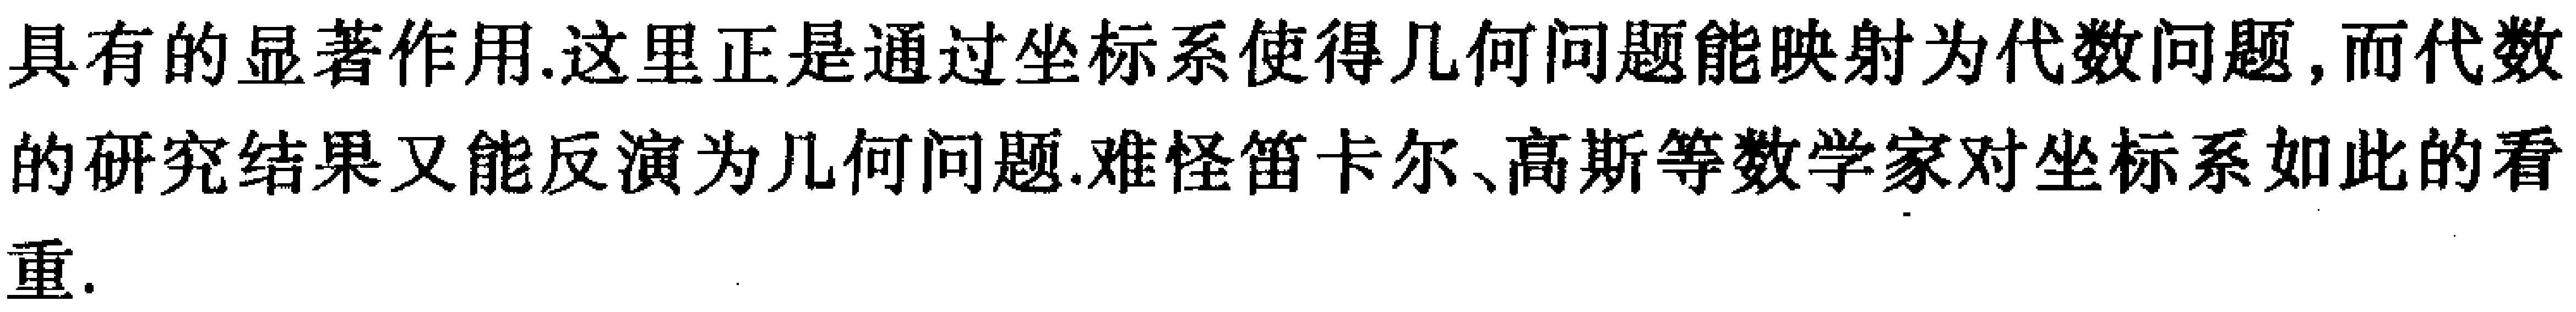
具有的显著作用.这里正是通过坐标系使得几何问题能映射为代数问题,而代数的研究结果又能反演为几何问题.难怪笛卡尔、高斯等数学家对坐标系如此的看重.